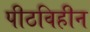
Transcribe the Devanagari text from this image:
पीठविहीन